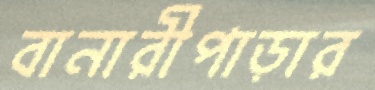
বানারীপাড়ার